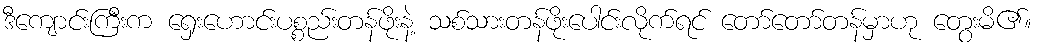
ဒီကျောင်းကြီးက ရှေးဟောင်းပစ္စည်းတန်ဖိုးနဲ့ သစ်သားတန်ဖိုးပေါင်းလိုက်ရင် တော်တော်တန်မှာဟု တွေးမိ၏။